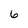
Character: 6